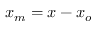
x _ { m } = x - x _ { o }